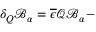
\delta _ { Q } \mathcal { B } _ { \alpha } = \overline { { { \epsilon } } } \mathcal { Q B } _ { \alpha } -